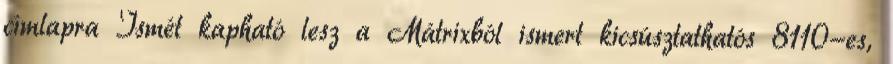
címlapra Ismét kapható lesz a Mátrixból ismert kicsúsztathatós 8110-es,